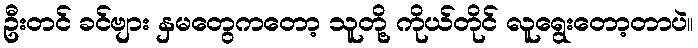
ဦးတင် ခင်ဗျား နှမတွေကတော့ သူတို့ ကိုယ်တိုင် လူရွေးတော့တာပဲ။